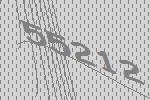
55212